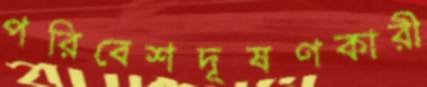
পরিবেশদূষণকারী